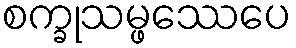
စက္ခုသမ္ဖဿေပေ